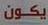
يكون